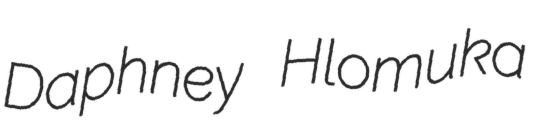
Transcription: Daphney Hlomuka